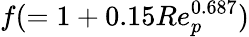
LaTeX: f(=1+0.15Re_{p}^{0.687})